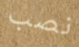
نصب